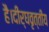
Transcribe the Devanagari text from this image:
है।दीर्घवृत्तीय